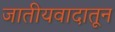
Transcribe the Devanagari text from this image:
जातीयवादातून